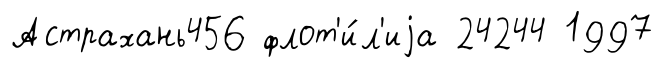
Астрахань456 флот'и́л'иjа 24244 1997